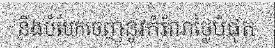
និងបំបែកចេញនូវកំណែថ្លៃបំផុត